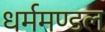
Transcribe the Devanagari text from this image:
धर्ममण्डल